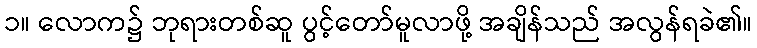
၁။ လောက၌ ဘုရားတစ်ဆူ ပွင့်တော်မူလာဖို့ အချိန်သည် အလွန်ရခဲ၏။